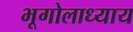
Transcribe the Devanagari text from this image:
भूगोलाध्याय